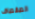
الصفصاف